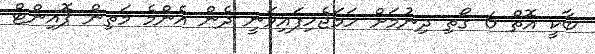
ބާކީ އޮތް 6 ގޯތި ދިނުމަށް ހަމަޖެހިފައިވަނީ ދެން އެންމެ މަތިން ޕޮއިންޓް